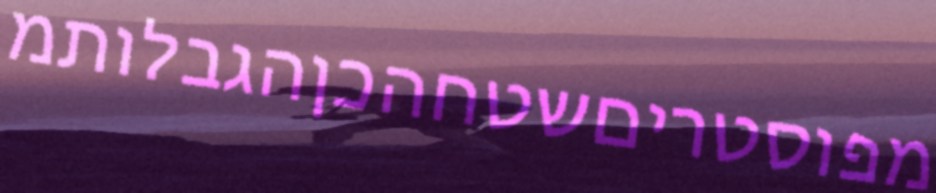
מפוסטריםשטחהכןהגבלותמ